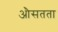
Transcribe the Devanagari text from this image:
औसतता